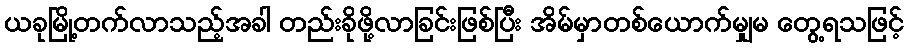
ယခုမြို့တက်လာသည့်အခါ တည်းခိုဖို့လာခြင်းဖြစ်ပြီး အိမ်မှာတစ်ယောက်မျှမ တွေ့ရသဖြင့်